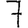
Digit: 7